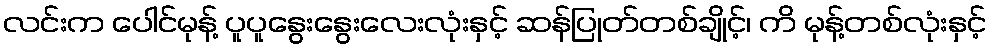
လင်းက ပေါင်မုန့် ပူပူနွေးနွေးလေးလုံးနှင့် ဆန်ပြုတ်တစ်ချိုင့်၊ ကိ မုန့်တစ်လုံးနှင့်